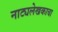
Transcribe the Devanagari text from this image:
नाट्यलेखकाचा